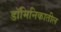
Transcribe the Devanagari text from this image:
डॉमिनिकातील